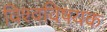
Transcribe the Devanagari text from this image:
विश्वविषयक